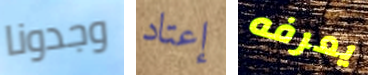
وجدونا إعتاد يعرفه